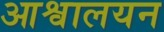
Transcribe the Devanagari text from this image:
आश्वालयन